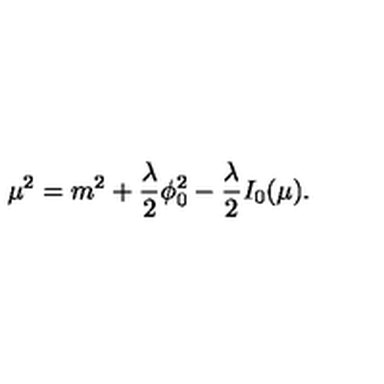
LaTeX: \mu ^ { 2 } = m ^ { 2 } + { \frac { \lambda } { 2 } } \phi _ { 0 } ^ { 2 } - { \frac { \lambda } { 2 } } I _ { 0 } ( \mu ) .